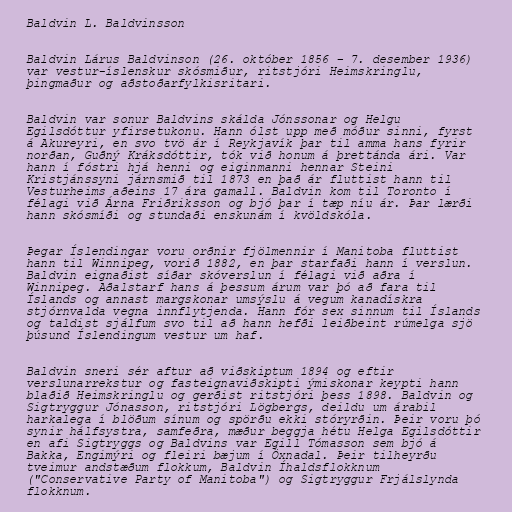
Baldvin L. Baldvinsson

Baldvin Lárus Baldvinson (26. október 1856 – 7. desember 1936)
var vestur-íslenskur skósmiður, ritstjóri Heimskringlu,
þingmaður og aðstoðarfylkisritari.

Baldvin var sonur Baldvins skálda Jónssonar og Helgu
Egilsdóttur yfirsetukonu. Hann ólst upp með móður sinni, fyrst
á Akureyri, en svo tvö ár í Reykjavík þar til amma hans fyrir
norðan, Guðný Kráksdóttir, tók við honum á þrettánda ári. Var
hann í fóstri hjá henni og eiginmanni hennar Steini
Kristjánssyni járnsmið til 1873 en það ár fluttist hann til
Vesturheims aðeins 17 ára gamall. Baldvin kom til Toronto í
félagi við Árna Friðriksson og bjó þar í tæp níu ár. Þar lærði
hann skósmíði og stundaði enskunám í kvöldskóla.

Þegar Íslendingar voru orðnir fjölmennir í Manitoba fluttist
hann til Winnipeg, vorið 1882, en þar starfaði hann í verslun.
Baldvin eignaðist síðar skóverslun í félagi við aðra í
Winnipeg. Aðalstarf hans á þessum árum var þó að fara til
Íslands og annast margskonar umsýslu á vegum kanadískra
stjórnvalda vegna innflytjenda. Hann fór sex sinnum til Íslands
og taldist sjálfum svo til að hann hefði leiðbeint rúmelga sjö
þúsund Íslendingum vestur um haf.

Baldvin sneri sér aftur að viðskiptum 1894 og eftir
verslunarrekstur og fasteignaviðskipti ýmiskonar keypti hann
blaðið Heimskringlu og gerðist ritstjóri þess 1898. Baldvin og
Sigtryggur Jónasson, ritstjóri Lögbergs, deildu um árabil
harkalega í blöðum sínum og spörðu ekki stóryrðin. Þeir voru þó
synir hálfsystra, samfeðra, mæður beggja hétu Helga Egilsdóttir
en afi Sigtryggs og Baldvins var Egill Tómasson sem bjó á
Bakka, Engimýri og fleiri bæjum í Öxnadal. Þeir tilheyrðu
tveimur andstæðum flokkum, Baldvin Íhaldsflokknum
("Conservative Party of Manitoba") og Sigtryggur Frjálslynda
flokknum.